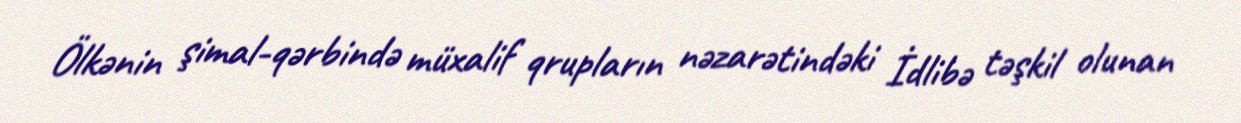
Ölkənin şimal-qərbində müxalif qrupların nəzarətindəki İdlibə təşkil olunan